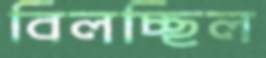
বিলচ্ছিল